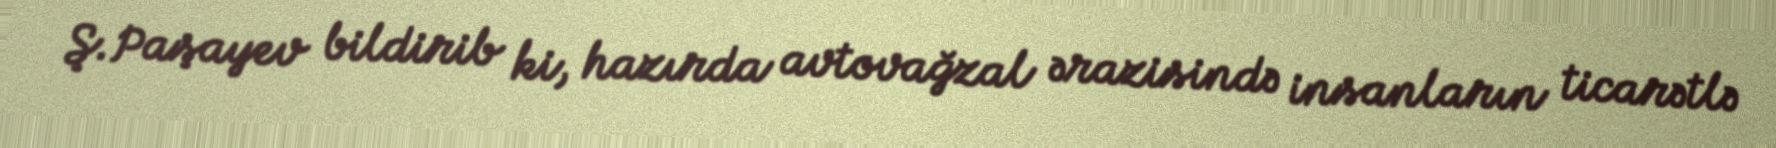
Ş.Paşayev bildirib ki, hazırda avtovağzal ərazisində insanların ticarətlə